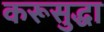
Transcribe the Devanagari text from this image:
करूसुद्धा